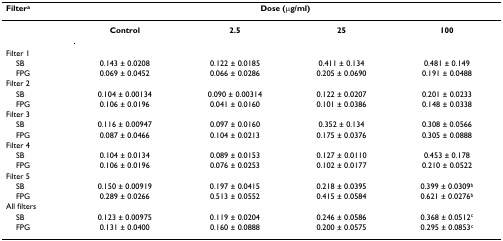
<table><thead><tr><td><b>Filter<sup>a</sup></b></td><td colspan="4"><b>Dose (μg/ml)</b></td></tr></thead><tbody><tr><td></td><td><b>Control</b></td><td><b>2.5</b></td><td><b>25</b></td><td><b>100</b></td></tr><tr><td>Filter 1</td><td></td><td></td><td></td><td></td></tr><tr><td> SB</td><td>0.143 ± 0.0208</td><td>0.122 ± 0.0185</td><td>0.411 ± 0.134</td><td>0.481 ± 0.149</td></tr><tr><td> FPG</td><td>0.069 ± 0.0452</td><td>0.066 ± 0.0286</td><td>0.205 ± 0.0690</td><td>0.191 ± 0.0488</td></tr><tr><td>Filter 2</td><td></td><td></td><td></td><td></td></tr><tr><td> SB</td><td>0.104 ± 0.00134</td><td>0.090 ± 0.00314</td><td>0.122 ± 0.0207</td><td>0.201 ± 0.0233</td></tr><tr><td> FPG</td><td>0.106 ± 0.0196</td><td>0.041 ± 0.0160</td><td>0.101 ± 0.0386</td><td>0.148 ± 0.0338</td></tr><tr><td>Filter 3</td><td></td><td></td><td></td><td></td></tr><tr><td> SB</td><td>0.116 ± 0.00947</td><td>0.097 ± 0.0160</td><td>0.352 ± 0.134</td><td>0.308 ± 0.0566</td></tr><tr><td> FPG</td><td>0.087 ± 0.0466</td><td>0.104 ± 0.0213</td><td>0.175 ± 0.0376</td><td>0.305 ± 0.0888</td></tr><tr><td>Filter 4</td><td></td><td></td><td></td><td></td></tr><tr><td> SB</td><td>0.104 ± 0.0134</td><td>0.089 ± 0.0153</td><td>0.127 ± 0.0110</td><td>0.453 ± 0.178</td></tr><tr><td> FPG</td><td>0.106 ± 0.0196</td><td>0.076 ± 0.0253</td><td>0.102 ± 0.0177</td><td>0.210 ± 0.0522</td></tr><tr><td>Filter 5</td><td></td><td></td><td></td><td></td></tr><tr><td> SB</td><td>0.150 ± 0.00919</td><td>0.197 ± 0.0415</td><td>0.218 ± 0.0395</td><td>0.399 ± 0.0309<sup>b</sup></td></tr><tr><td> FPG</td><td>0.289 ± 0.0266</td><td>0.513 ± 0.0552</td><td>0.415 ± 0.0584</td><td>0.621 ± 0.0276<sup>b</sup></td></tr><tr><td>All filters</td><td></td><td></td><td></td><td></td></tr><tr><td> SB</td><td>0.123 ± 0.00975</td><td>0.119 ± 0.0204</td><td>0.246 ± 0.0586</td><td>0.368 ± 0.0512<sup>c</sup></td></tr><tr><td> FPG</td><td>0.131 ± 0.0400</td><td>0.160 ± 0.0888</td><td>0.200 ± 0.0575</td><td>0.295 ± 0.0853<sup>c</sup></td></tr></tbody></table>